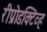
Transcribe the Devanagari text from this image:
रीप्रोडक्टिव्ह